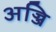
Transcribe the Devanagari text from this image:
अज्जि